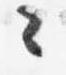
々